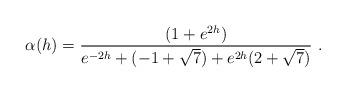
LaTeX: \begin{align*}\alpha (h) = \frac{(1 + e^{2h})}{e^{-2h} + (-1+\sqrt{7}) + e^{2h} (2 + \sqrt{7})}\ . \end{align*}